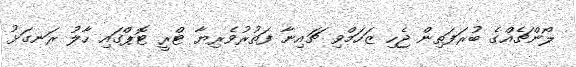
ލޯންޗެއްގެ ބުރަފަތިން ޖެހި ޒަހަމްވި ޗައިނާ ފަތުރުވެރިޔާ ޓްރީ ޓޮޕްގައި ހާލު ރަނގަޅު